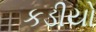
કડીયો